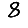
Digit: 8